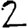
Digit: 2